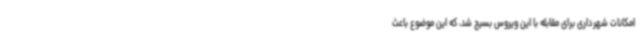
امکانات شهرداری برای مقابله با این ویروس بسیج شد، که این موضوع باعث